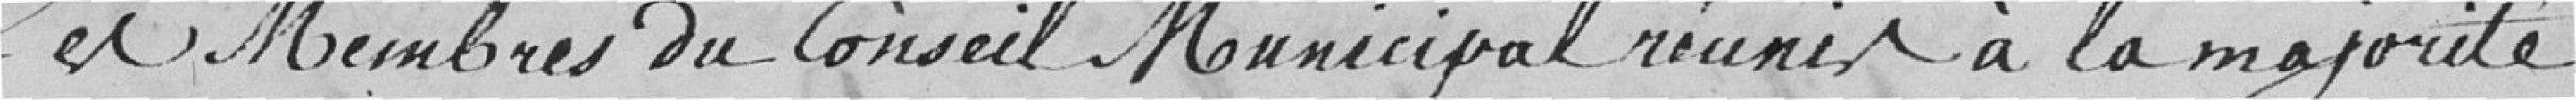
Les membres du Conseil Municipal réunis à la majorité